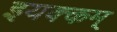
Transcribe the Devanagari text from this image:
इयक्कम्